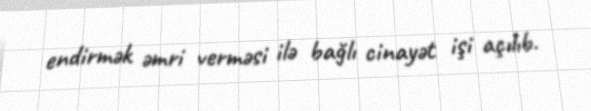
endirmək əmri verməsi ilə bağlı cinayət işi açılıb.